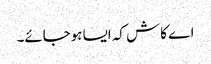
اے کاش کہ ایسا ہوجائے۔